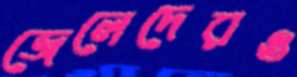
জেলেদেরও